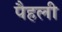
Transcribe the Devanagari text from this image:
पैहली